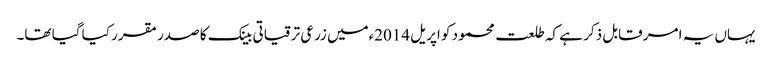
یہاں یہ امر قابل ذکر ہے کہ طلعت محمود کو اپریل 2014ءمیں زرعی ترقیاتی بینک کا صدر مقرر کیا گیا تھا۔